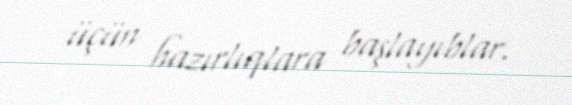
üçün hazırlıqlara başlayıblar.